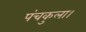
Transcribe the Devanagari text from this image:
पंचकुला।